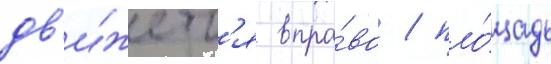
дв'и́жетс'я впра́во / пло́щадь